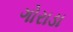
ગોરાડા